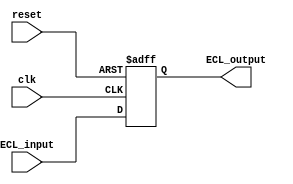
module ECL_buffer(
    input wire clk,
    input wire reset,
    input wire ECL_input,
    output wire ECL_output
);

reg buffer_output;

always@(posedge clk or posedge reset) begin
    if(reset) begin
        buffer_output <= 1'b0;
    end else begin
        buffer_output <= ECL_input;
    end
end

assign ECL_output = buffer_output;

endmodule